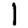
Digit: 1